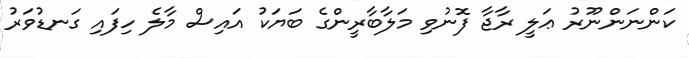
ކަންނަންނޫރު ޢަލީ ރާޖާ ފޮނުވި މަލާބާރީންގެ ބަޔަކު އައިސް މާލެ ހިފައި ގަނޑުވަރު